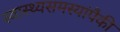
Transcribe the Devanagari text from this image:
स्वास्थ्यसमस्यांपैकी